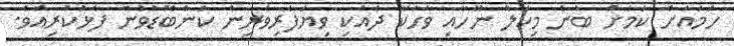
ހަމައަށް ކަމަށް ބުނެ މިކަލް ނޫހާއި ވާހަކަ ދެއްކި ވިޔަފާރިވެރިން ކަންބޮޑުވުން ފާޅުކުރިއެވެ.